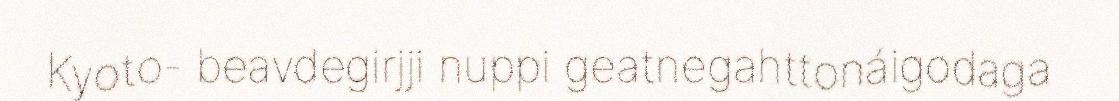
Kyoto- beavdegirjji nuppi geatnegahttonáigodaga